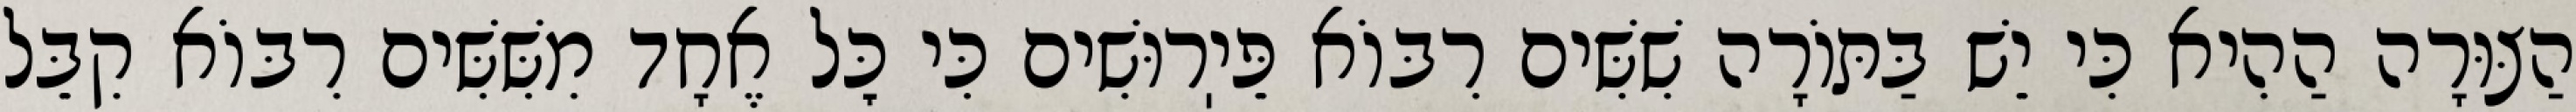
הַצּוּרָה הַהִיא כִּי יֵשׁ בַּתּוֹרָה שִׁשִּׁים רִבּוֹא פֵּיֽרוּשִׁים כִּי כׇּל אֶחָד מִשִּׁשִּׁים רִבּוֹא קִבֵּל